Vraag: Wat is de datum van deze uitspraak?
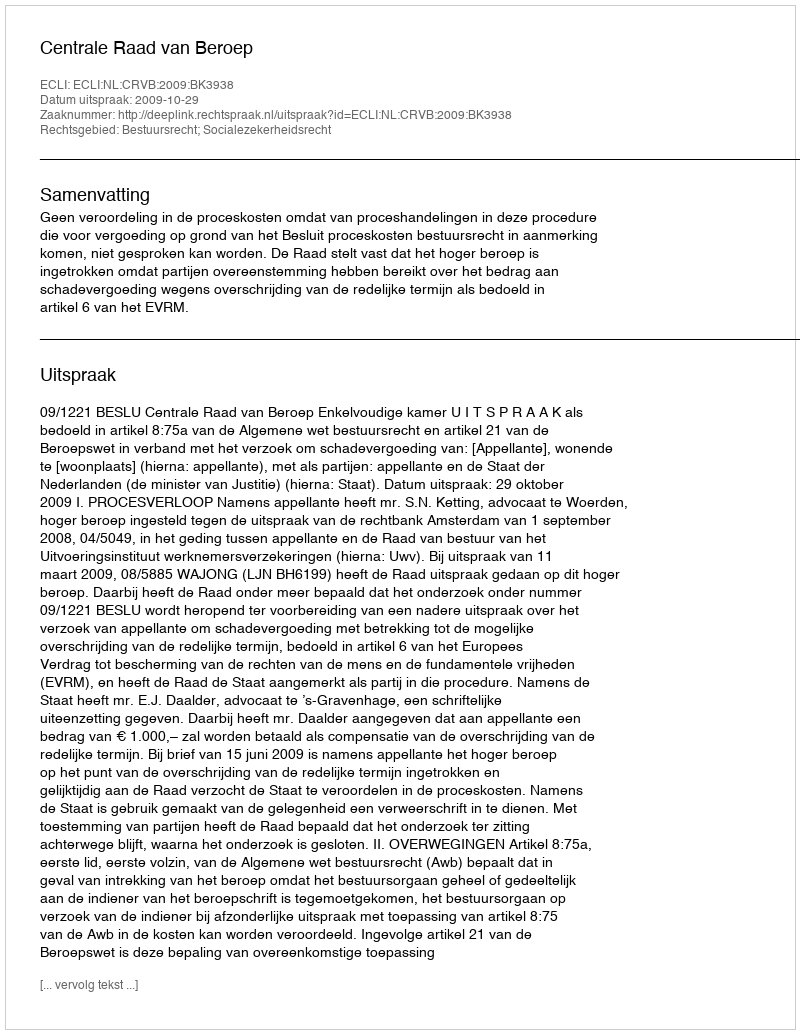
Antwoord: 2009-10-29